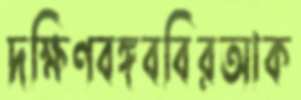
দক্ষিণবঙ্গববিরআক